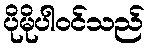
ပိုမိုပါဝင်သည်